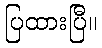
ပြထားပြီ။